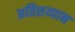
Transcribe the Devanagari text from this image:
अतिशय्पान